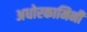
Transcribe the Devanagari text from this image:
अधोरकामिनी